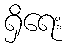
ရှိရေး